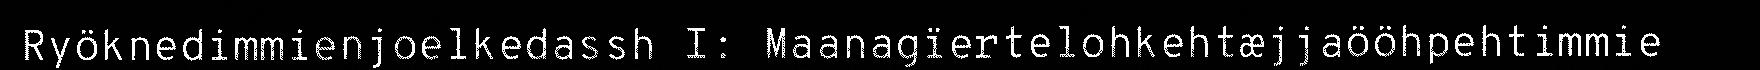
Ryöknedimmienjoelkedassh I: Maanagïertelohkehtæjjaööhpehtimmie